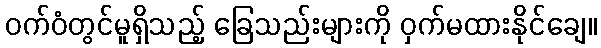
ဝက်ဝံတွင်မူရှိသည့် ခြေသည်းများကို ဝှက်မထားနိုင်ချေ။